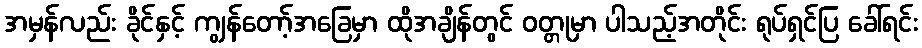
အမှန်လည်း ခိုင်နှင့် ကျွန်တော့်အခြေမှာ ထိုအချိန်တွင် ဝတ္တုမှာ ပါသည့်အတိုင်း ရုပ်ရှင်ပြ ခေါ်ရင်း